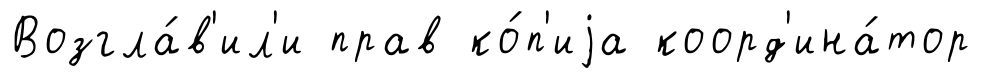
Возгла́в'ил'и прав ко́п'иjа коорд'ина́тор